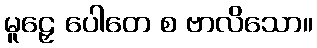
မူဠှေ ပေါတေ စ ဗာလိသော။